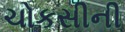
ચોકસીની